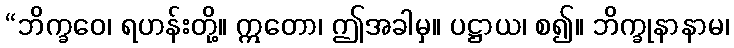
“ဘိက္ခဝေ၊ ရဟန်းတို့။ ဣတော၊ ဤအခါမှ။ ပဋ္ဌာယ၊ စ၍။ ဘိက္ခုနာနာမ၊